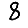
Digit: 8